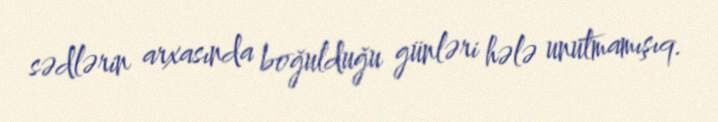
sədlərin arxasında boğulduğu günləri hələ unutmamışıq.